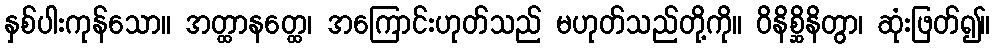
နှစ်ပါးကုန်သော။ အတ္ထာနတ္ထေ၊ အကြောင်းဟုတ်သည် မဟုတ်သည်တို့ကို။ ဝိနိစ္ဆိနိတွာ၊ ဆုံးဖြတ်၍။